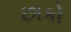
છાકો